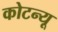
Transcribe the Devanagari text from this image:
कोटन्यू